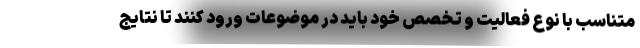
متناسب با نوع فعالیت و تخصص خود باید در موضوعات ورود کنند تا نتایج